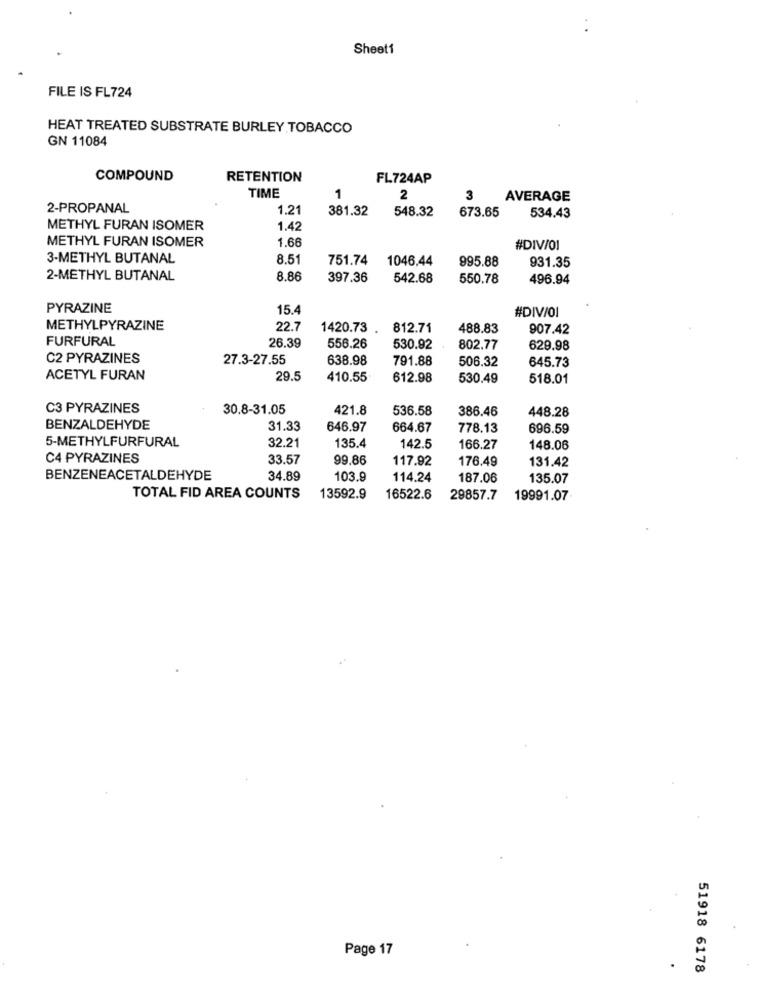
Sheet1
FILE IS FL724
HEAT TREATED SUBSTRATE BURLEY TOBACCO
GN 11084
COMPOUND
RETENTION
FL724AP
TIME
1
2
3
AVERAGE
2-PROPANAL
1.21
381.32
548.32
673.65
534.43
METHYL FURAN ISOMER
1.42
METHYL FURAN ISOMER
1.66
#DIV/01
3-METHYL BUTANAL
8.51
751.74
1046.44
931.35
995.88
2-METHYL BUTANAL
8.86
397.36
542.68
550.78
496.94
PYRAZINE
15.4
#DIV/OI
METHYLPYRAZINE
22.7
1420.73
812.71
488.83
907.42
FURFURAL
26.39
556.26
530.92
802.77
629.98
C2 PYRAZINES
27.3-27.55
638.98
791.88
506.32
645.73
ACETYL FURAN
29.5
410.55
612.98
530.49
518.01
C3 PYRAZINES
30.8-31.05
421.8
536.58
386.46
448.28
BENZALDEHYDE
31.33
646.97
664.67
778.13
696.59
5-METHYLFURFURAL
32.21
135.4
142.5
166.27
148.06
C4 PYRAZINES
33.57
99.86
117.92
176.49
131.42
BENZENEACETALDEHYDE
34.89
103.9
114.24
187.06
135.07
TOTAL FID AREA COUNTS
13592.9
16522.6
29857.7
19991.07
Page 17
51918 6178